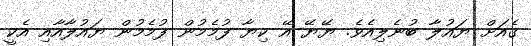
ގެއަށް ޔައުލާ ބުނެލިއެވެ. ޔޭޔޭ އޭ ކިޔާ ފުމެމުން ފުމެމުން ޔައުލާއާއި އެކީ